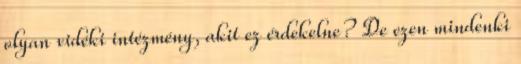
olyan vidéki intézmény, akit ez érdekelne? De ezen mindenki